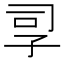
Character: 孠